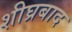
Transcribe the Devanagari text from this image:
शीघ्रबाद